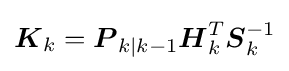
{\boldsymbol {K}}_{k}={\boldsymbol {P}}_{k|k-1}{{\boldsymbol {H}}_{k}^{T}}{\boldsymbol {S}}_{k}^{-1}